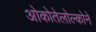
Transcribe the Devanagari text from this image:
ओकोतेलोल्कोने